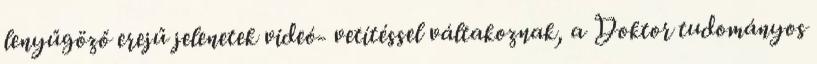
lenyűgöző erejű jelenetek videó- vetítéssel váltakoznak, a Doktor tudományos